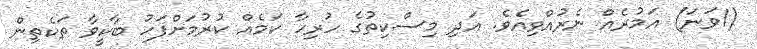
(1ވަނަ) އަމުރެއް ނެރުއްވިއެވެ. އަދި މިސްކިތުގެ ހުރިހާ ކަމެއް ކުރުމަށްފަހު ބާކީވާ ތަކެތިން